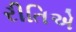
રીતિએ